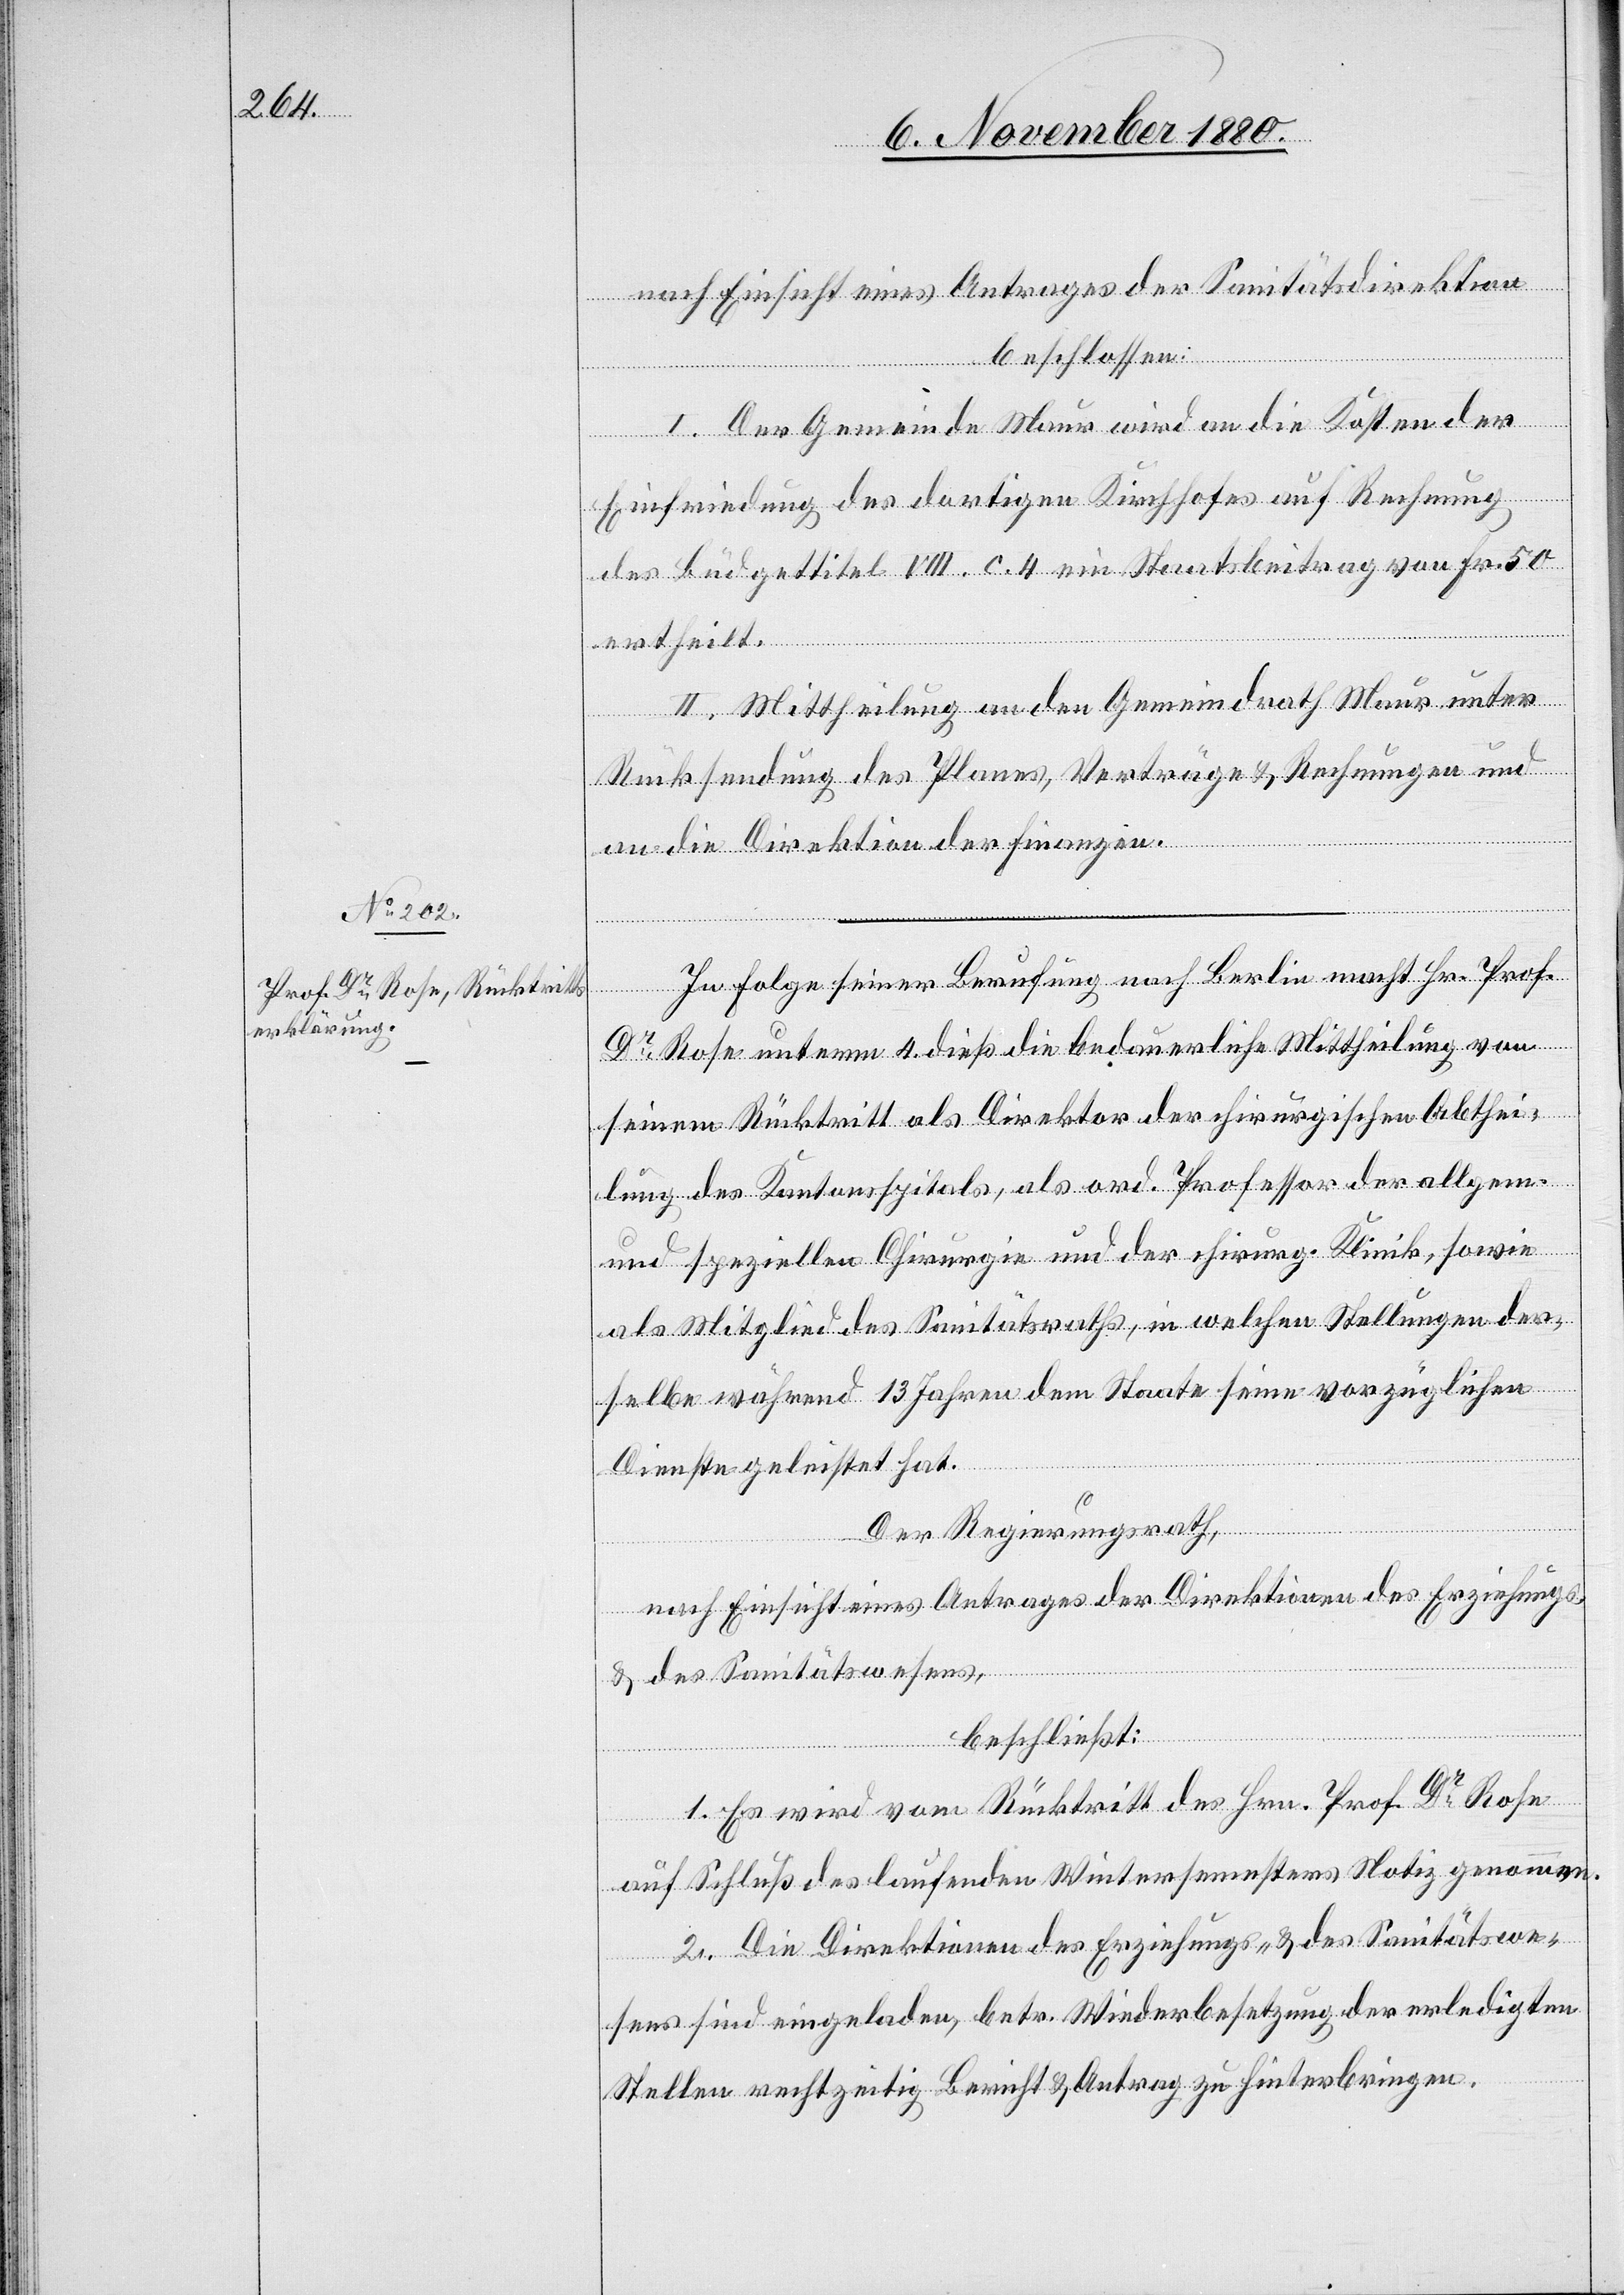
nach Einsicht eines Antrages der Sanitätsdirektion
I. Der Gemeinde Maur wird an die Kosten der
Einfriedung des dortigen Kirchhofes auf Rechnung
des Büdgettitel VIII. c. 4 ein Staatsbeitrag von Fr. 50
ertheilt.
II. Mittheilung an den Gemeindrath Maur unter
Rücksendung des Planes, Verträge & Rechnungen und
sen:
an die Direktion der Finanzen.
In Folge seiner Berufung nach Berlin macht Hr. Prof.
beschlos¬
Dr Rose unterm 4. dieß die bedauerliche Mittheilung von
seinem Rücktritt als Direktor der chirurgischen Abthei¬
lung des Kantonsspitals, als ord. Professor der allgem.
und speziellen Chirurgie und der chirurg. Klinik, sowie
als Mitglied des Sanitätsraths, in welchen Stellungen der¬
selbe während 13 Jahren dem Staate seine vorzüglichen
Dienste geleistet hat.
Der Regierungsrath,
nach Einsicht eines Antrages der Direktion des Erziehungs-
& des Sanitätswesens,
beschließt:
1. Es wird vom Rücktritt des Hrn. Prof Dr Rose
auf Schluß des laufenden Wintersemesters Notiz genommen.
2. Die Direktionen des Erziehungs- & des Sanitätswe¬
sens sind eingeladen, betr. Wiederbesetzung der erledigten
Stellen rechtzeitig Bericht & Antrag zu hinterbringen.